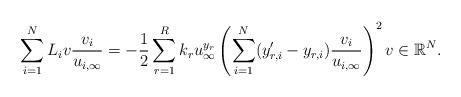
LaTeX: \begin{align*}\sum_{i=1}^{N}L_iv\frac{v_i}{u_{i,\infty}} = - \frac{1}{2}\sum_{r=1}^{R}k_ru_{\infty}^{y_r}\left(\sum_{i=1}^{N}(y_{r,i}' - y_{r,i})\frac{v_i}{u_{i,\infty}}\right)^2 v\in \mathbb R^N.\end{align*}